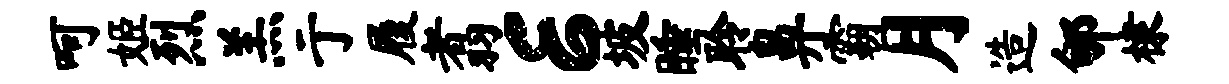
呵姬烈羔亍履翥E坡睡聆鼻霸月造郇棣